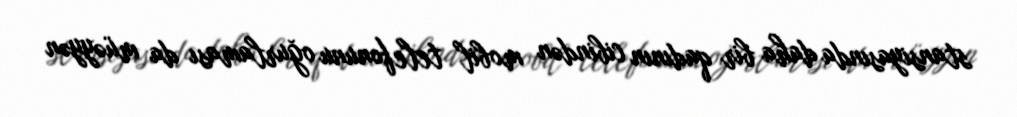
stansiyasında daha bir qadının cibindən mobil telefonunu oğurlaması da müəyyən